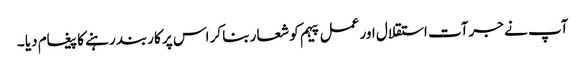
آپ نے جرآت استقلال اور عمل پیہم کو شعار بنا کر اس پر کاربند رہنے کا پیغام دیا ۔